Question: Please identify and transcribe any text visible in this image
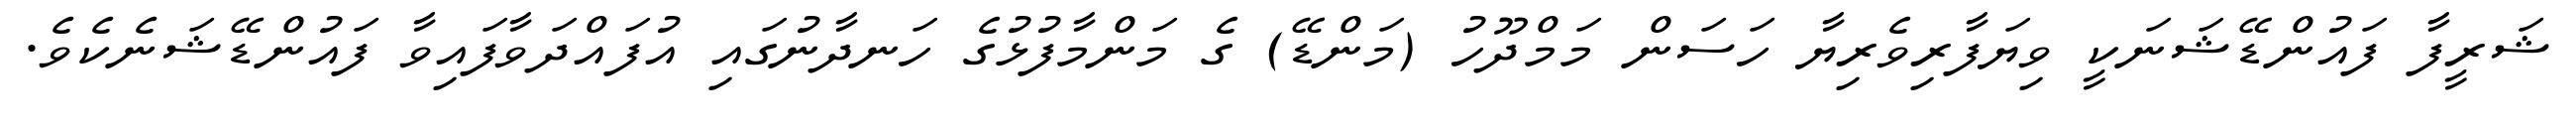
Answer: ޝަރީފާ ފައުންޑޭޝަނަކީ ވިޔަފާރިވެރިޔާ ހަސަން މަމްދޫހު (މަންޑޭ) ގެ މަންމާފުޅުގެ ހަނދާނުގައި އުފައްދަވާފައިވާ ފައުންޑޭޝަނެކެވެ.